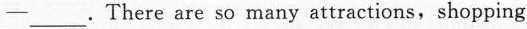
—— ___.There are so many attractions,shopping